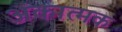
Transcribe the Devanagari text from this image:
अंकात्मक